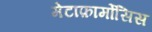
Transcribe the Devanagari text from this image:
मेटाफ़ार्मोसिस